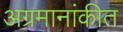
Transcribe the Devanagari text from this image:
अग्रमानांकीत